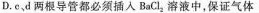
D.c、d两根导管都必须插入BaCI_{2}溶液中，保证气体